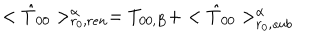
< { \hat { T } } _ { 0 0 } > _ { r _ { 0 } , r e n } ^ { \alpha } = T _ { 0 0 , B } + < { \hat { T } } _ { 0 0 } > _ { r _ { 0 } , s u b } ^ { \alpha }